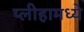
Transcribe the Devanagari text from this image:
प्लीहामध्ये